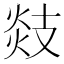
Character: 𢻑